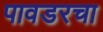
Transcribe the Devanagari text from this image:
पावडरचा